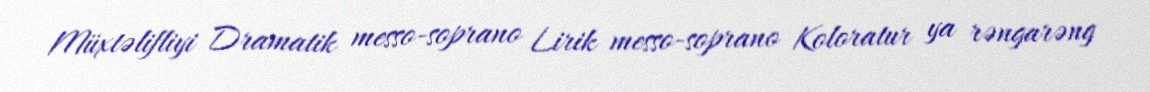
Müxtəlifliyi Dramatik messo-soprano Lirik messo-soprano Koloratur ya rəngarəng